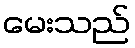
မေးသည်